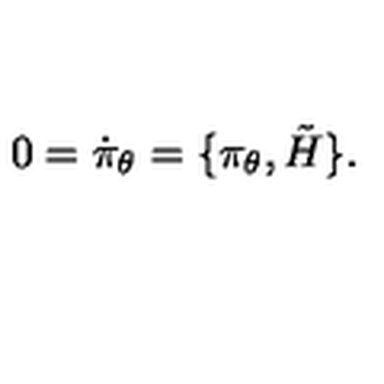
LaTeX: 0 = \dot { \pi } _ { \theta } = \lbrace \pi _ { \theta } , \tilde { H } \rbrace .